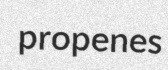
propenes